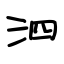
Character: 泗